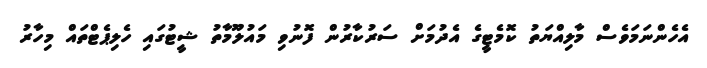
އެހެންނަމަވެސް މާލިއްޔަތު ކޮމެޓީގެ އެދުމަށް ސަރުކާރުން ފޮނުވި މައުލޫމާތު ޝީޓުގައި ހެލިޕެޓްތައް މިހާރު